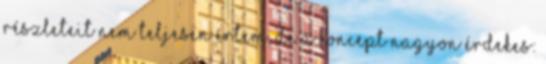
részleteit nem teljesen értem, de a koncept nagyon érdekes: